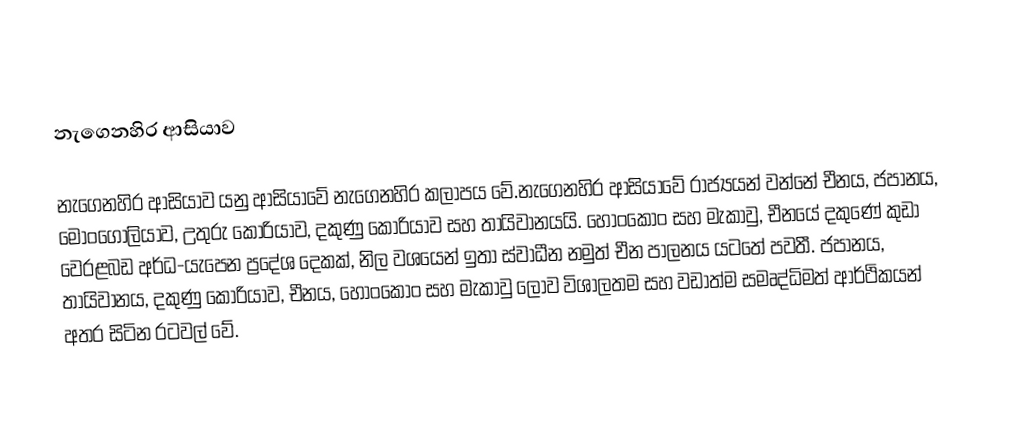
නැගෙනහිර ආසියාව

නැගෙනහිර ආසියාව යනු ආසියාවේ නැගෙනහිර කලාපය වේ.නැගෙනහිර ආසියාවේ රාජ්‍යයන් වන්නේ චීනය, ජපානය, මොංගෝලියාව, උතුරු කොරියාව, දකුණු කොරියාව සහ තායිවානයයි. හොංකොං සහ මැකාවු, චීනයේ දකුණේ කුඩා වෙරළබඩ අර්ධ-යැපෙන ප්‍රදේශ දෙකක්, නිල වශයෙන් ඉතා ස්වාධීන නමුත් චීන පාලනය යටතේ පවතී. ජපානය, තායිවානය, දකුණු කොරියාව, චීනය, හොංකොං සහ මැකාවු ලොව විශාලතම සහ වඩාත්ම සමෘද්ධිමත් ආර්ථිකයන් අතර සිටින රටවල් වේ.